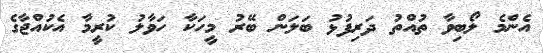
އެންމެ ލޯބިވާ ތުއްތު ދަރިފުޅު ބަލަން ބޭރު މީހަކާ ހަވާލު ކުރީމާ އެކުއްޖާގެ